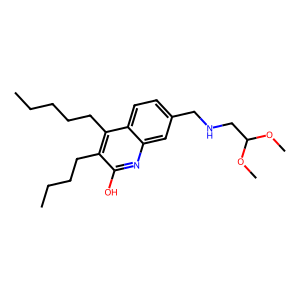
SMILES: CCCCCc1c(CCCC)c(O)nc2cc(CNCC(OC)OC)ccc12
Inhibits HIV replication: No